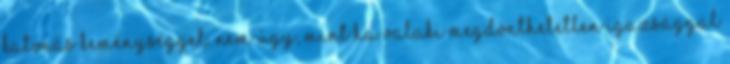
katonás keménységgel. Nem úgy, mint ha valaki megdönthetetlen igazsággal